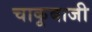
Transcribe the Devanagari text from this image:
चाकूबाजी